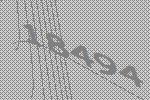
18494